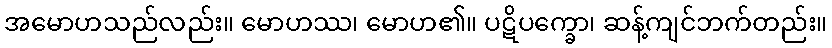
အမောဟသည်လည်း။ မောဟဿ၊ မောဟ၏။ ပဋိပက္ခော၊ ဆန့်ကျင်ဘက်တည်း။